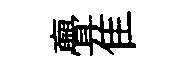
亹隹